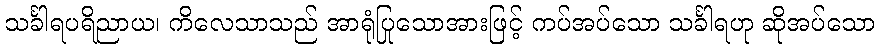
သင်္ခါရပရိညာယ၊ ကိလေသာသည် အာရုံပြုသောအားဖြင့် ကပ်အပ်သော သင်္ခါရဟု ဆိုအပ်သော